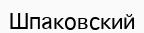
Шпаковский